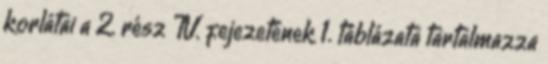
korlátai a 2. rész IV. fejezetének 1. táblázata tartalmazza